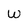
Character: w